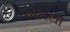
અમથી